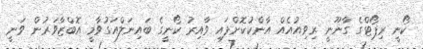
ކޯނީ ރިޕޯޓްގެ ގާނޫނީ ރިވިއުއެއް އާންކުކޮށްފައި ވާއިރު ކޯނީގެ ބައިނަލްއަގުވާމީ އޮބްޒާވަރުން ވަނީ